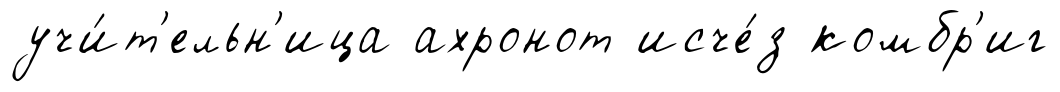
учи́т'ельн'ица ахронот исче́з комбр'иг